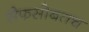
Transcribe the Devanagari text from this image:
सैफसोबतच